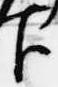
臣